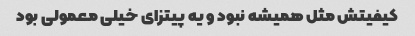
کیفیتش مثل همیشه نبود و یه پیتزای خیلی معمولی بود